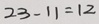
2 3 - 1 1 = 1 2